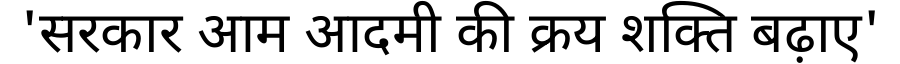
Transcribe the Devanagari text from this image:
'सरकार आम आदमी की क्रय शक्ति बढ़ाए'